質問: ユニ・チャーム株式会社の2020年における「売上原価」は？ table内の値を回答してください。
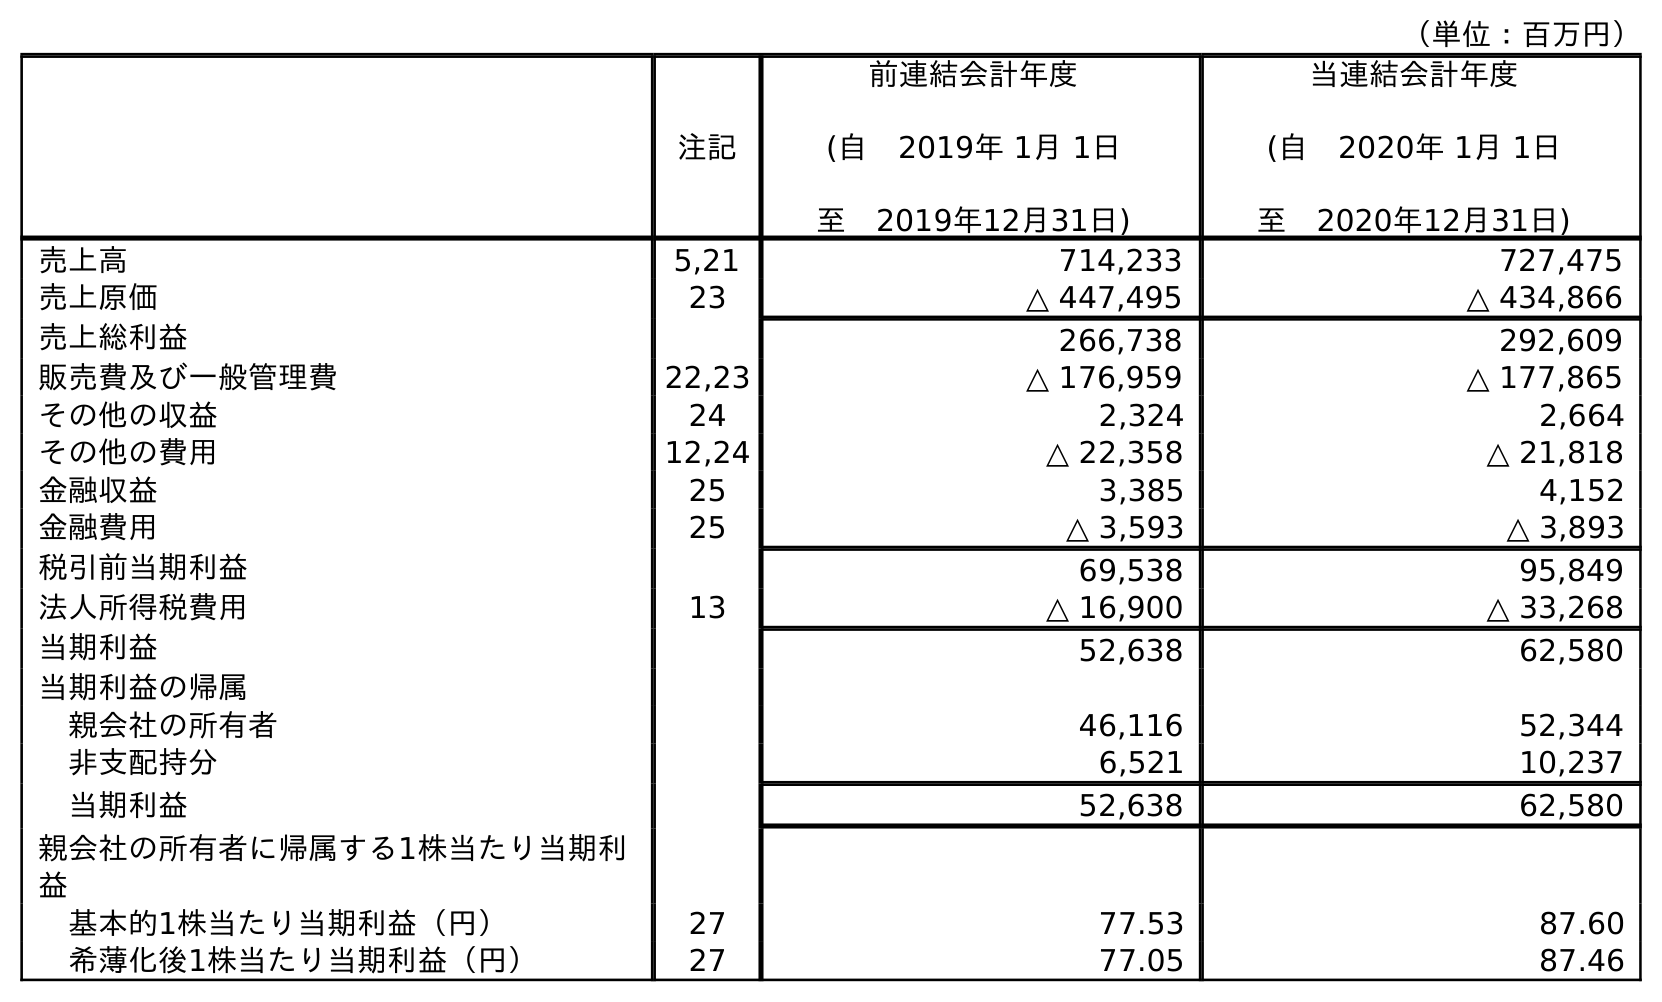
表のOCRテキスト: （単位：百万円） 注記 前連結会計年度 (自 2019年 1月 1日 至 2019年12月31日) 当連結会計年度 (自 2020年 1月 1日 至 2020年12月31日) 売上高 5,21 714,233 727,475 売上原価 23 △ 447,495 △ 434,866 売上総利益 266,738 292,609 販売費及び一般管理費 22,23 △ 176,959 △ 177,865 その他の収益 24 2,324 2,664 その他の費用 12,24 △ 22,358 △ 21,818 金融収益 25 3,385 4,152 金融費用 25 △ 3,593 △ 3,893 税引前当期利益 69,538 95,849 法人所得税費用 13 △ 16,900 △ 33,268 当期利益 52,638 62,580 当期利益の帰属 親会社の所有者 46,116 52,344 非支配持分 6,521 10,237 当期利益 52,638 62,580 親会社の所有者に帰属する1株当たり当期利 益 基本的1株当たり当期利益（円） 27 77.53 87.60 希薄化後1株当たり当期利益（円） 27 77.05 87.46
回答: △434,866